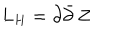
LaTeX: L _ { H } = \partial \bar { \partial } \, Z